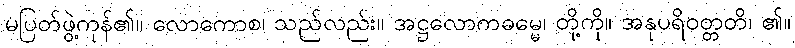
မပြတ်ဖွဲ့ကုန်၏။ လောကောစ၊ သည်လည်း။ အဋ္ဌလောကဓမ္မေ၊ တို့ကို။ အနုပရိဝတ္တတိ၊ ၏။